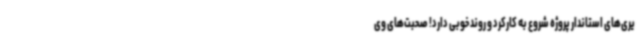
یری‌های استاندار پروژه شروع به کارکرد و روند خوبی دارد! صحبت‌های وی